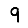
Digit: 9